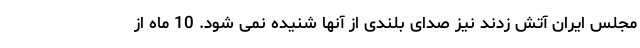
مجلس ایران آتش زدند نیز صدای بلندی از آنها شنیده نمی شود. 10 ماه از